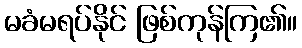
မခံမရပ်နိုင် ဖြစ်ကုန်ကြ၏။